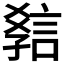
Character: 𧧿